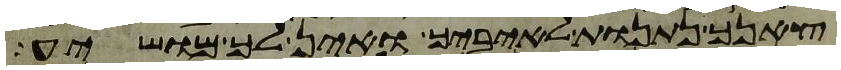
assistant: צאנך נתנות לאיביך ואין לך מושיע